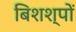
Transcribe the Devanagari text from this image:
बिशश्पों